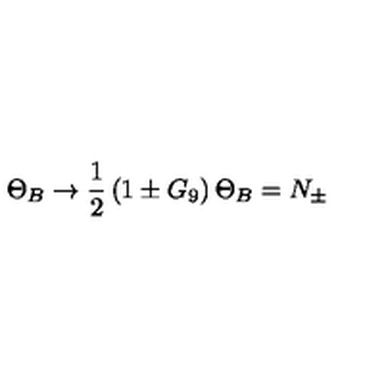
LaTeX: \Theta _ { B } \to \frac { 1 } { 2 } \left( 1 \pm G _ { 9 } \right) \Theta _ { B } = N _ { \pm }